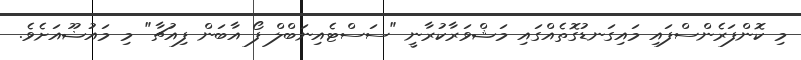
މި ކޮންފަރެންސްފައި މައިގަނޑުގޮތެއްގައި މަޝްވަރާކުރާނީ "ސަސްޓެއިނަބްލް ފޯ އާބަން ފިއުޗާ" މި މައުޟޫއަށެވެ.